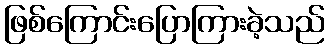
ဖြစ်ကြောင်းပြောကြားခဲ့သည်